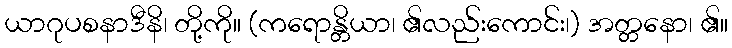
ယာဂုပစနာဒီနိ၊ တို့ကို။ (ကရောန္တိယာ၊ ၏လည်းကောင်း၊) အတ္တနော၊ ၏။